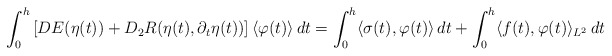
\begin{align*}\int_0^h \left[DE(\eta(t)) + D_2R(\eta(t), \partial_t \eta(t))\right] \langle \varphi(t)\rangle\,dt = \int_0^h \langle \sigma(t),\varphi(t)\rangle \,dt + \int_0^h \langle f(t), \varphi(t) \rangle_{L^2}\,dt\end{align*}